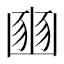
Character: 𡺳